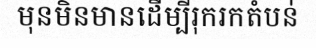
មុនមិនមានដើម្បីរុករកតំបន់